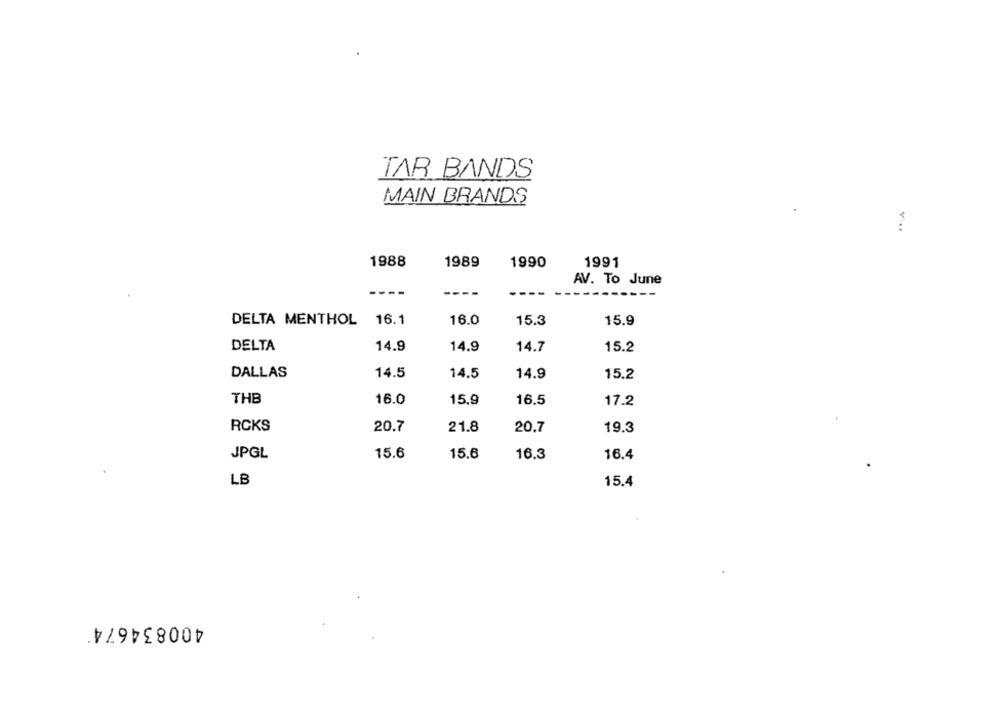
TAR BANDS
MAIN BRANDS
1988
1989
1990
1991
AV. To June
----
----
DELTA MENTHOL 16.1
16.0
15.3
15.9
DELTA
14.9
14.9
14.7
15.2
DALLAS
14.5
14.5
14.9
15.2
THB
16.0
15,9
16.5
17.2
RCKS
20.7
21.8
20.7
19.3
JPGL
15.6
15.6
16.3
16.4
LB
15.4
400834674